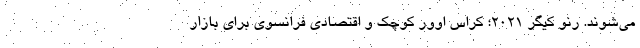
می‌شوند. رنو کیگر 2021؛ کراس اوور کوچک و اقتصادی فرانسوی برای بازار